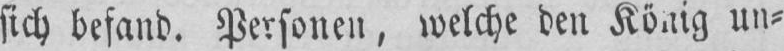
sich befand. Personen, welche den Ko.iig un-